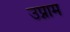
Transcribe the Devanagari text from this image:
उप्नाम